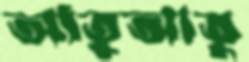
আতুআতু